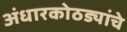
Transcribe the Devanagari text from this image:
अंधारकोठड्यांचे